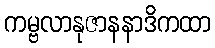
ကမ္ဗလာနုဇာနနာဒိကထာ